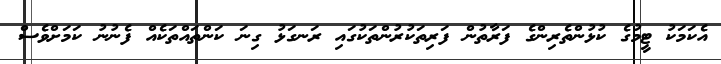
އެކަމަކު ޓީމުގެ ކުޅުންތެރިންގެ ފަރާތުން ފަރިތަކުރުންތަކުގައި ރަނގަޅު ގިނަ ކަންތައްތަކެއް ފެނުނު ކަމަށްވެސް